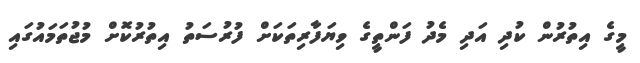
މީގެ އިތުރުން ކުދި އަދި މެދު ފަންތީގެ ވިޔަފާރިތަކަށް ފުރުސަތު އިތުރުކޮށް މުޖުތަމައުގައި